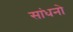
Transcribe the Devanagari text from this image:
सांधनो